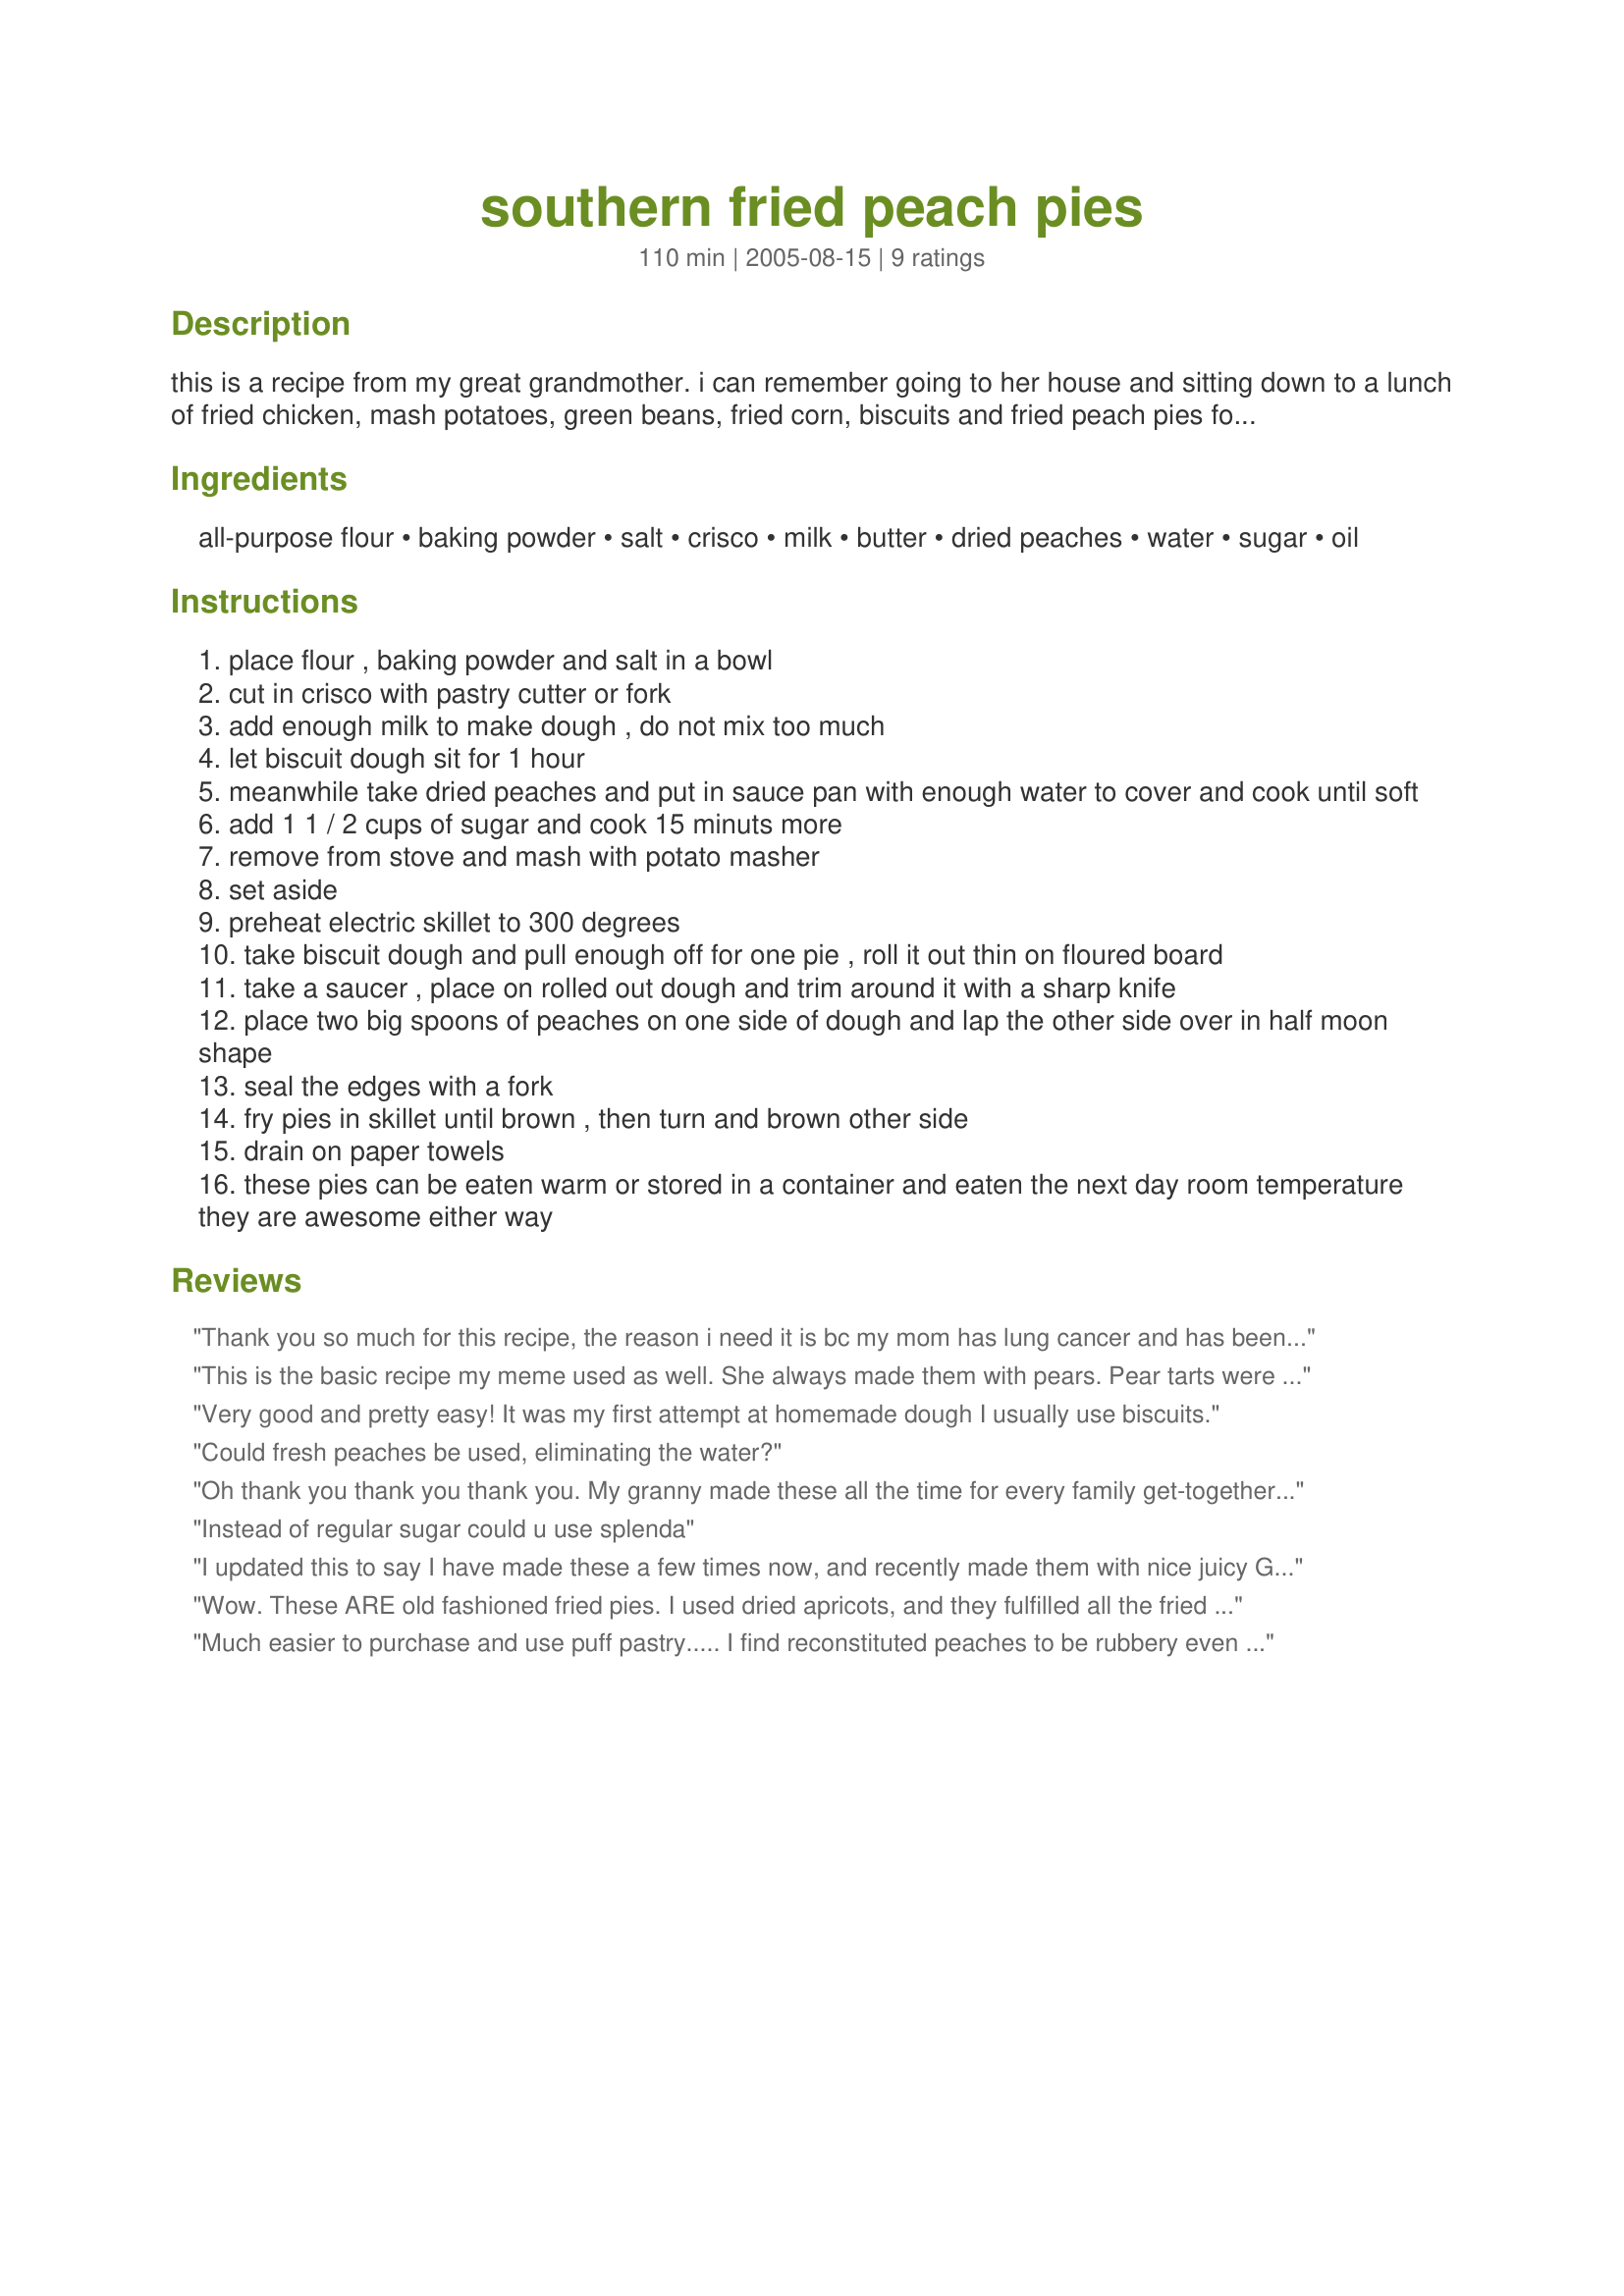
southern fried peach pies
Preparation time: 110 minutes

this is a recipe from my great grandmother. i can remember going to her house and sitting down to a lunch of fried chicken, mash potatoes, green beans, fried corn, biscuits and fried peach pies for dessert. it is a wonder we didn't all die from heart disease but that is country living. these directions were written for me real countryfied so i explained best i could but you will get the jist. make dough, fill it and fry it!

Ingredients:
all-purpose flour, baking powder, salt, crisco, milk, butter, dried peaches, water, sugar, oil

Steps:
place flour , baking powder and salt in a bowl
cut in crisco with pastry cutter or fork
add enough milk to make dough , do not mix too much
let biscuit dough sit for 1 hour
meanwhile take dried peaches and put in sauce pan with enough water to cover and cook until soft
add 1 1 / 2 cups of sugar and cook 15 minuts more
remove from stove and mash with potato masher
set aside
preheat electric skillet to 300 degrees
take biscuit dough and pull enough off for one pie , roll it out thin on floured board
take a saucer , place on rolled out dough and trim around it with a sharp knife
place two big spoons of peaches on one side of dough and lap the other side over in half moon shape
seal the edges with a fork
fry pies in skillet until brown , then turn and brown other side
drain on paper towels
these pies can be eaten warm or stored in a container and eaten the next day room temperature they are awesome either way

Reviews:
Thank you so much for this recipe, the reason i need it is bc my mom has lung cancer and has been fighting it for over a year now been thru radiation and chemo treatments and every since she started the treatments she has been wanting fried peach pies and i have had people say they would make her some for me to take to her bc the treatments has made her so sick she dont get out but they stgill havent so i am going to try your recipe out and do them myself for her and i will let you kno how it goes if they are a hit or not...lol...and thank you again for the recipe...i hope my mom likes them!!!
This is the basic recipe my meme used as well. She always made them with pears. Pear tarts were her specialty! We also enjoy making them with black berries when they are fresh in the summer.
Very good and pretty easy! It was my first attempt at homemade dough I usually use biscuits.
Could fresh peaches be used, eliminating the water?
Oh thank you thank you thank you. My granny made these all the time for every family get-together. We all fought over them and begged to take home the leftovers. When she died, no one had ever been able to duplicate them. I was so excited to find this recipe and ran out and bought the ingredients. They were just like Granny's. I actually cried when I was eating them because it was just like seeing her standing there by that iron skillet smiling at us kids fighting over the pies. I love you for posting this.
Instead of regular sugar could u use splenda
I updated this to say I have made these a few times now, and recently made them with nice juicy Georgia peaches. Wow! were they good! May 28, 2008 I made these using Macintosh apples instead of the peaches, and they were wonderful! Brought back memories of when I was younger and my mama used to make them when I was little. Thank you for sharing Petdrwife! Cindy
Wow. These ARE old fashioned fried pies. I used dried apricots, and they fulfilled all the fried pie fantasies/memories in this house. The crust also works well w/ prepared pudding pie fillings (like chocolate & coconut cream), jams and marmalade. Thanks so much!
Much easier to purchase and use puff pastry..... I find reconstituted peaches to be rubbery even after being mashed. Fresh or canned work better.
